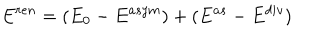
LaTeX: E ^ { r e n } = ( E _ { 0 } - E ^ { a s y m } ) + ( E ^ { a s } - E ^ { d i v } )